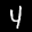
Digit: 4